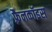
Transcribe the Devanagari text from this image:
फ़्रैनकॉइस